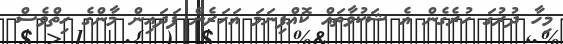
މިހާ ދުރުގަ ހުރެގެން އެ ޝަކުވާތައް ކޮއްފިނަމަ އަހަރެން ފަދައިން މާންގެ ހިތްވެސް